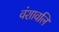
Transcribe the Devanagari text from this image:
वंशावलि